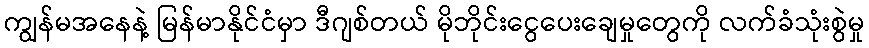
ကျွန်မအနေနဲ့ မြန်မာနိုင်ငံမှာ ဒီဂျစ်တယ် မိုဘိုင်းငွေပေးချေမှုတွေကို လက်ခံသုံးစွဲမှု